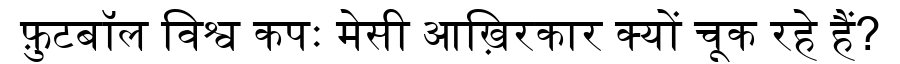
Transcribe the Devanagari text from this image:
फ़ुटबॉल विश्व कपः मेसी आख़िरकार क्यों चूक रहे हैं?